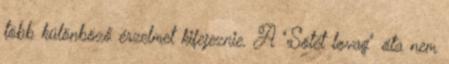
több különböző érzelmet kifejeznie. A "Sötét lovag" óta nem